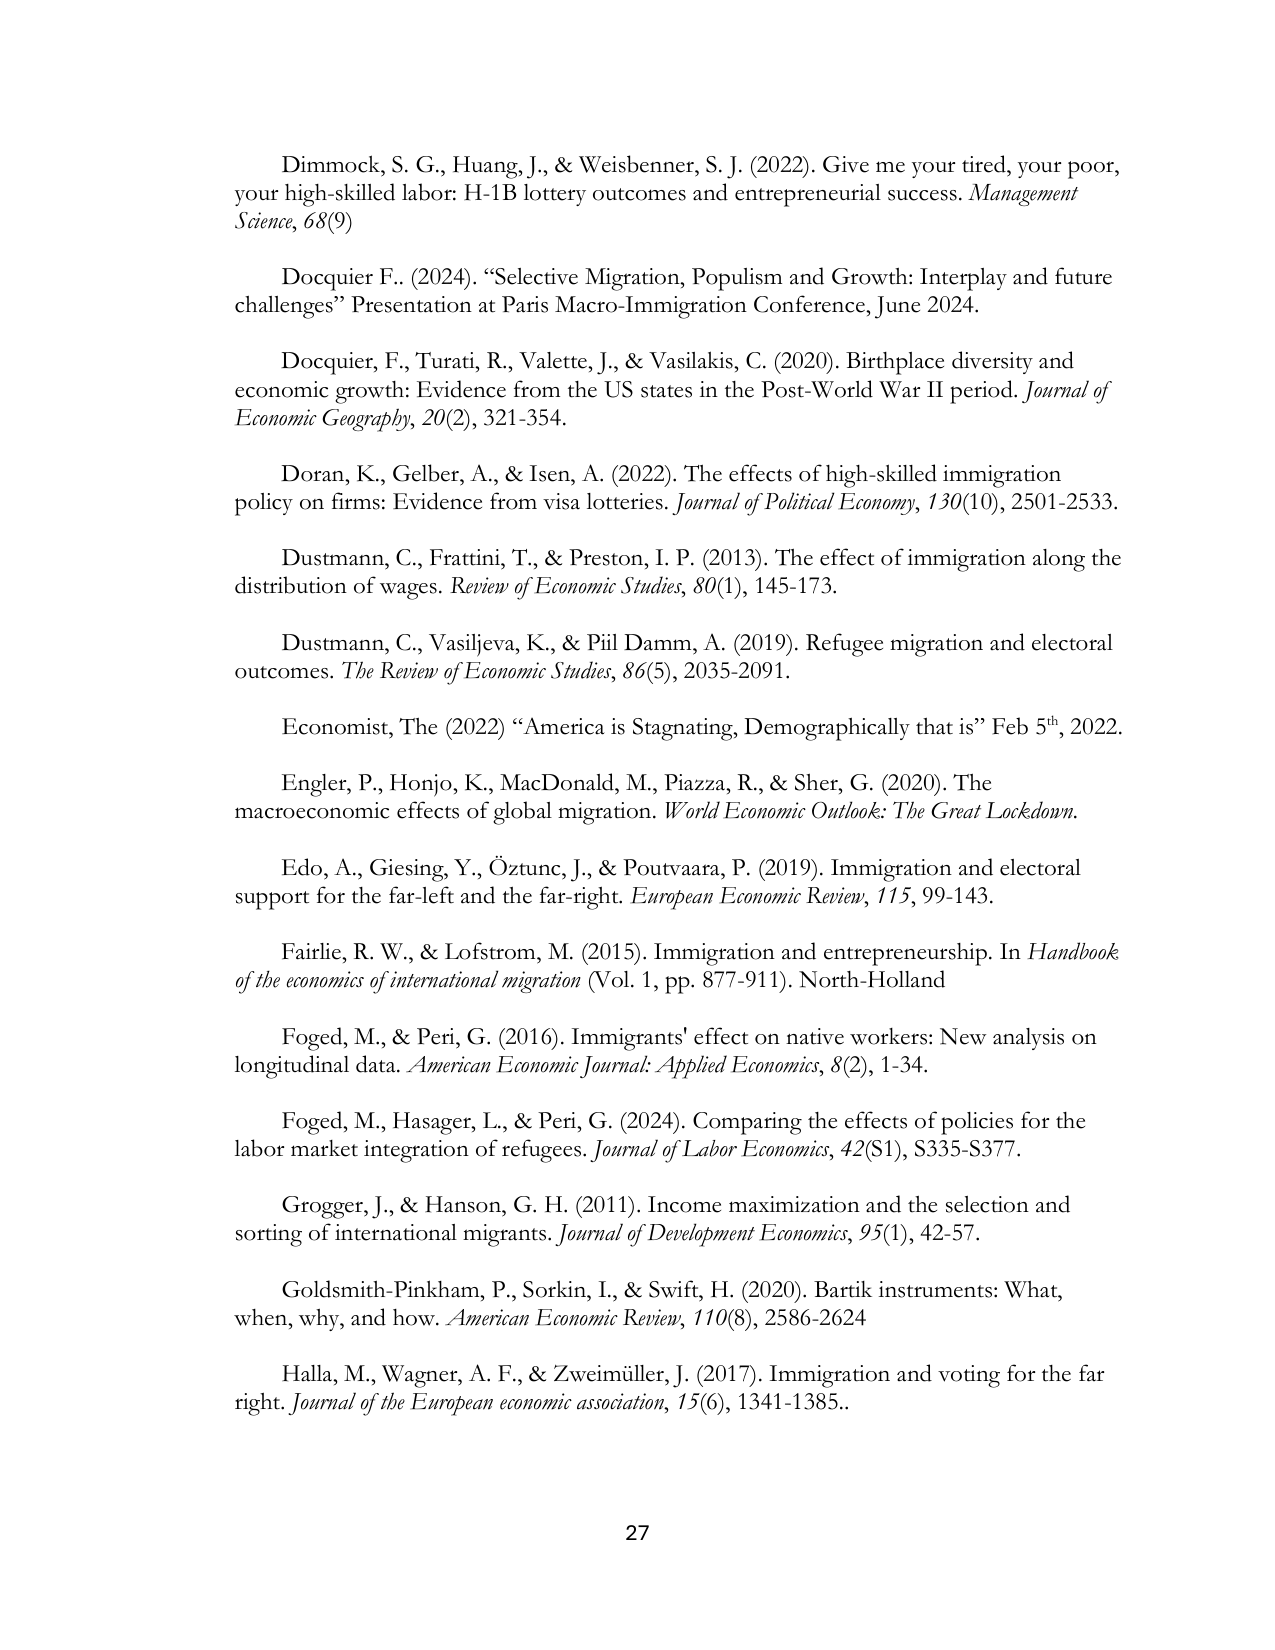
Dimmock, S. G., Huang, J., & Weisbenner, S. J. (2022). Give me your tired, your poor, your high-skilled labor: H-1B lottery outcomes and entrepreneurial success. Management Science, 68(9)

Docquier F.. (2024). “Selective Migration, Populism and Growth: Interplay and future challenges” Presentation at Paris Macro-Immigration Conference, June 2024.

Docquier, F., Turati, R., Valette, J., & Vasilakis, C. (2020). Birthplace diversity and economic growth: Evidence from the US states in the Post-World War II period. Journal of Economic Geography, 20(2), 321-354.

Doran, K., Gelber, A., & Isen, A. (2022). The effects of high-skilled immigration policy on firms: Evidence from visa lotteries. Journal of Political Economy, 130(10), 2501-2533.

Dustmann, C., Frattini, T., & Preston, I. P. (2013). The effect of immigration along the distribution of wages. Review of Economic Studies, 80(1), 145-173.

Dustmann, C., Vasiljeva, K., & Pil Damm, A. (2019). Refugee migration and electoral outcomes. The Review of Economic Studies, 86(5), 2035-2091.

Economist, The (2022) “America is Stagnating, Demographically that is” Feb 5th, 2022.

Engler, P., Honjo, K., MacDonald, M., Piazza, R., & Sher, G. (2020). The macroeconomic effects of global migration. World Economic Outlook: The Great Lockdown.

Edo, A., Giesing, Y., Öztunc, J., & Poutvaara, P. (2019). Immigration and electoral support for the far-left and the far-right. European Economic Review, 115, 99-143.

Fairlie, R. W., & Lofstrom, M. (2015). Immigration and entrepreneurship. In Handbook of the economics of international migration (Vol. 1, pp. 877-911). North-Holland

Foged, M., & Peri, G. (2016). Immigrants' effect on native workers: New analysis on longitudinal data. American Economic Journal: Applied Economics, 8(2), 1-34.

Foged, M., Hasager, L., & Peri, G. (2024). Comparing the effects of policies for the labor market integration of refugees. Journal of Labor Economics, 42(S1), S335-S377.

Grogger, J., & Hanson, G. H. (2011). Income maximization and the selection and sorting of international migrants. Journal of Development Economics, 95(1), 42-57.

Goldsmith-Pinkham, P., Sorkin, I., & Swift, H. (2020). Bartik instruments: What, when, why, and how. American Economic Review, 110(8), 2586-2624

Halla, M., Wagner, A. F., & Zweimüller, J. (2017). Immigration and voting for the far right. Journal of the European economic association, 15(6), 1341-1385..

27